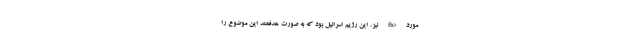
مورد fto نیز، این رژیم اسرائیل بود که به صورت هدفمند این موضوع را